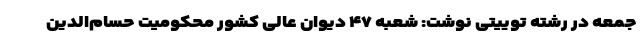
جمعه در رشته توییتی نوشت: شعبه ۴۷ دیوان عالی کشور محکومیت حسام‌الدین